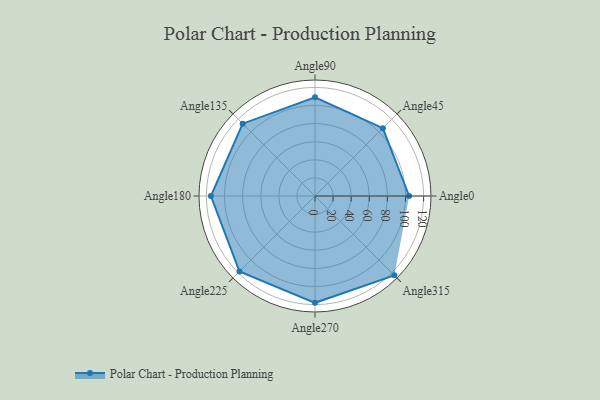
{"axis": {"x": "Angle", "y": "Radius"}, "legend": [""], "data": [{"x": "Angle0", "y": 104.0, "type": ""}, {"x": "Angle45", "y": 106.0, "type": ""}, {"x": "Angle90", "y": 109.0, "type": ""}, {"x": "Angle135", "y": 113.0, "type": ""}, {"x": "Angle180", "y": 115.0, "type": ""}, {"x": "Angle225", "y": 118.0, "type": ""}, {"x": "Angle270", "y": 118.0, "type": ""}, {"x": "Angle315", "y": 124.0, "type": ""}]}